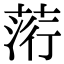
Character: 䓷